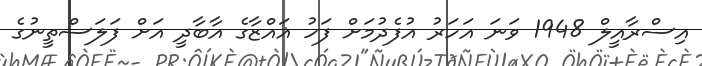
އިސްރާއީލް 1948 ވަނަ އަހަރު އުފެދުމަށް ފަހު ޣައްޒާގެ އާބާދީ އަށް ފަލަސްތީނުގެ